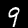
Label: 9